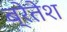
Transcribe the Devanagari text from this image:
ब्रेतेश